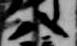
八